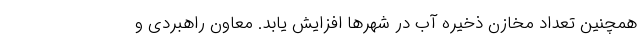
همچنین تعداد مخازن ذخیره آب در شهرها افزایش یابد. معاون راهبردی و